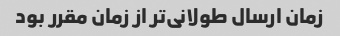
زمان ارسال طولانی‌تر از زمان مقرر بود